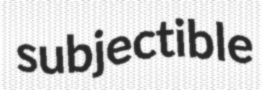
subjectible